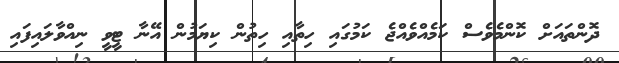
ދޮންތައަށް ކޮންމެވެސް ކަމެއްވެއްޖެ ކަމުގައި ހިތާއި ހިތުން ކިޔަމުން އޭނާ ޓީވީ ނިއްވާލައިފައި